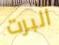
البرت